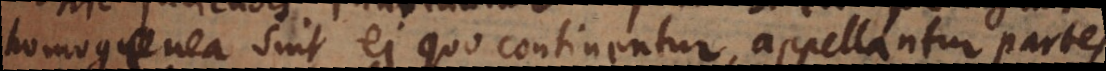
homogenea sint ei quo continentur, appellantur partes,